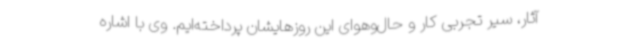
آثار، سیر تجربی کار و حال‌وهوای این روزهایشان پرداخته‌ایم. وی با اشاره